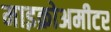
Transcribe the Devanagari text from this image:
माइक्रोअमीटर